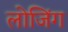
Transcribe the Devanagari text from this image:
लोजिंग